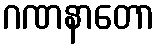
ဂဏနာတော